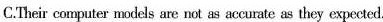
C.Their computer models are not as accurate as they expected.